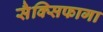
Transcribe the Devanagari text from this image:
सैक्सिफागा